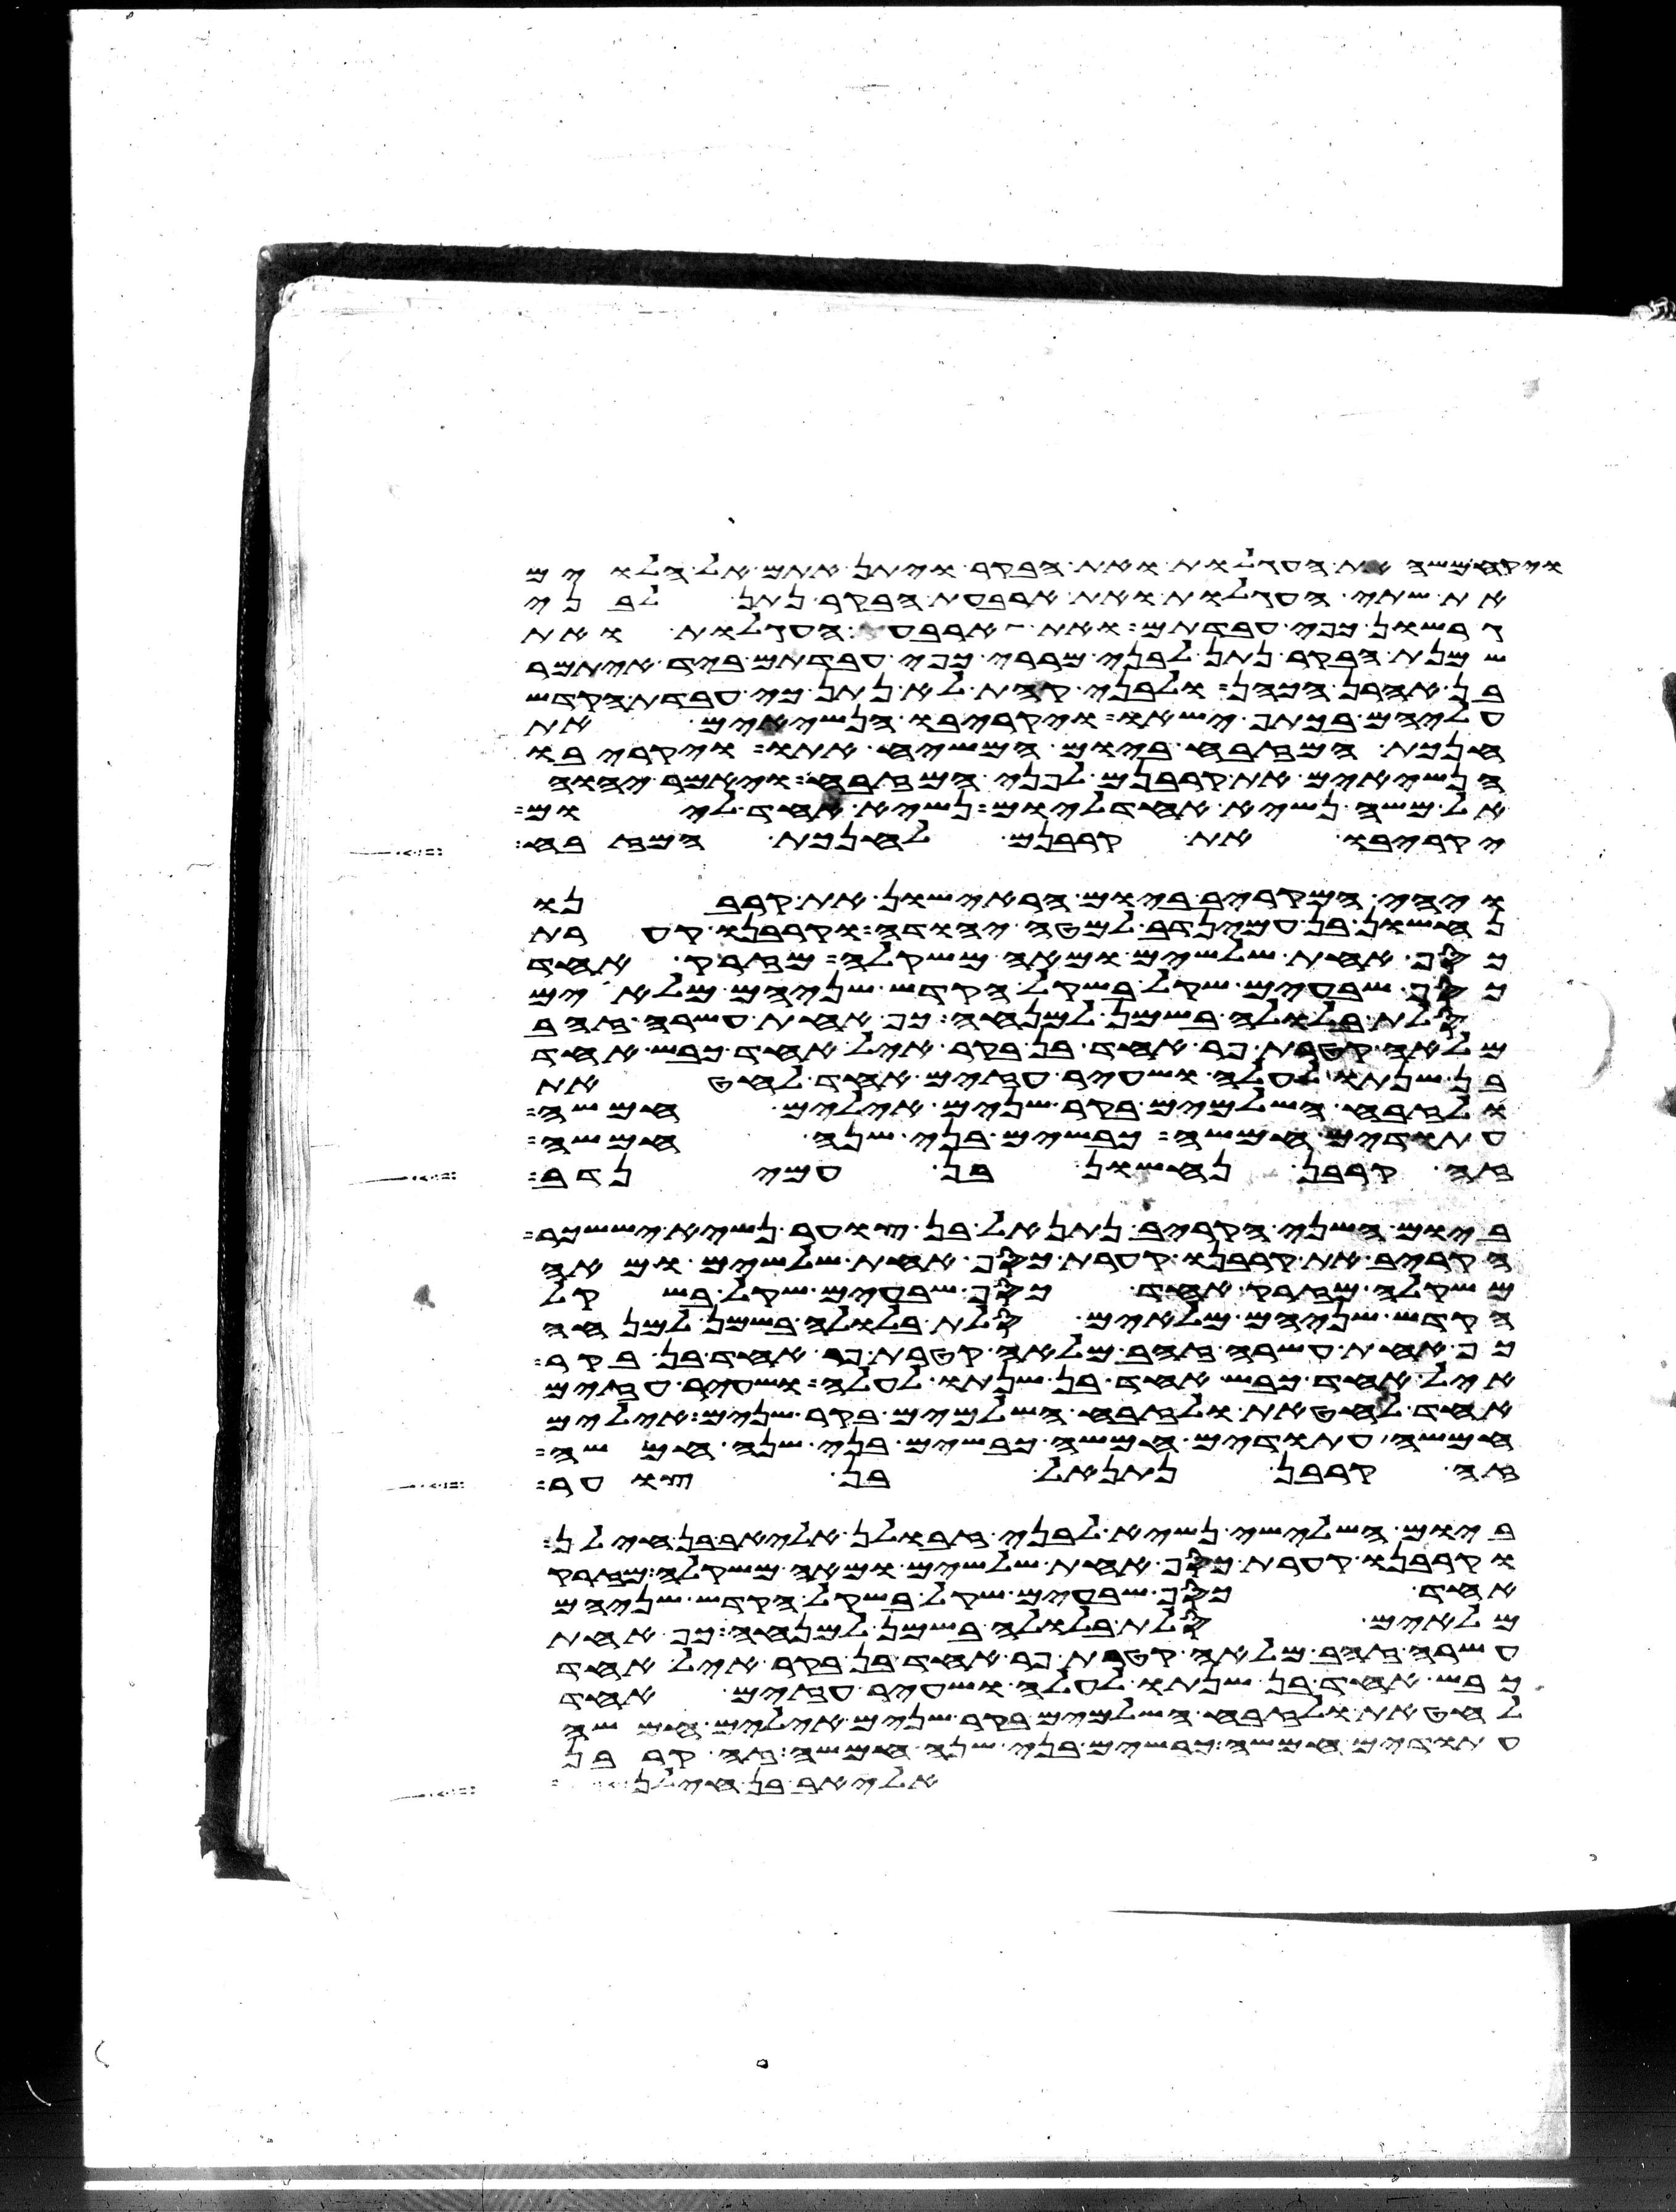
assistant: ויקח משה את העגלות ואת הבקר ויתן אתם אל הלוים
את שתי העגלות ואת ארבעת הבקר נתן לבני
גרשון כפי עבדתם ואת ארבעת העגלות ואת
שמנת הבקר נתן לבני מררי כפי עבדתם ביד איתמר
בן אהרן הכהן ולבני קהת לא נתן כי עבדת הקדש
עליהם בכתף ישאו ויקריבו הנשיאים את
חנכת המזבח ביום המשיח אתו ויקריבו
הנשיאים את קרבנם לפני המזבח ויאמר יהוה
אל משה נשיא אחד ליום נשיא אחד ליום
יקריבו את קרבנם לחנכת המזבח
ויהי המקריב ביום הראישון את קרבנו
נחשון בן עמינדב למטה יהודה וקרבנו קערת
כסף אחת שלשים ומאה משקלה מזרק אחד
כסף שבעים שקל בשקל הקדש שניהם מלאים
סלת בלולה בשמן למנחה כף אחת עשרה זהב
מלאה קטרת פר אחד בן בקר איל אחד כבש אחד
בן שנתו לעלה ושעיר עזים אחד לחטאת
ולזבח השלמים בקר שנים אילים חמשה
עתודים חמשה כבשים בני שנה חמשה
זה קרבן נחשון בן עמינדב
ביום השני הקריב נתנאל בן צוער נשיא יששכר
הקריב את קרבנו קערת כסף אחת שלשים ומאה
משקלה מזרק אחד כסף שבעים שקל בשקל
הקדש שניהם מלאים סלת בלולה בשמן למנחה
כף אחת עשרה זהב מלאה קטרת פר אחד בן בקר
איל אחד כבש אחד בן שנתו לעלה ושעיר עזים
אחד לחטאת ולזבח השלמים בקר שנים אילים
חמשה עתודים חמשה כבשים בני שנה חמשה
זה קרבן נתנאל בן צוער
ביום השלישי נשיא לבני זבולן אליאב בן חילן
וקרבנו קערת כסף אחת שלשים ומאה משקלה מזרק
אחד כסף שבעים שקל בשקל הקדש שניהם
מלאים סלת בלולה בשמן למנחה כף אחת
עשרה זהב מלאה קטרת פר אחד בן בקר איל אחד
כבש אחד בן שנתו לעלה ושעיר עזים אחד
לחטאת ולזבח השלמים בקר שנים אילים חמשה
עתודים חמשה כבשים בני שנה חמשה זה קרבן
אליאב בן חילן